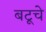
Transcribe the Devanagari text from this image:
बटूचे